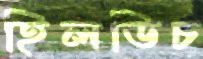
হিলডিচ